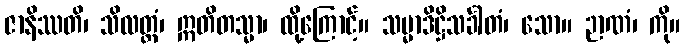
ဇာနိဿတိ၊ သိလတ္တံ၊ ဣတိတသ္မာ၊ ထို့ကြောင့်။ သမ္မာဒိဋ္ဌိသင်္ခါတံ၊ သော။ ဉာဏံ၊ ကို။